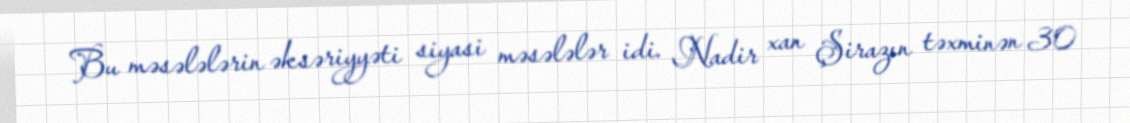
Bu məsələlərin əksəriyyəti siyasi məsələlər idi. Nadir xan Şirazın təxminən 30